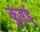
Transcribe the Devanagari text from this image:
कुंडई